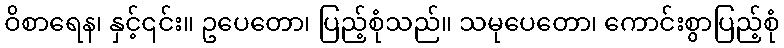
ဝိစာရေန၊ နှင့်၎င်း။ ဥပေတော၊ ပြည့်စုံသည်။ သမုပေတော၊ ကောင်းစွာပြည့်စုံ